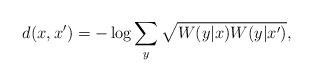
LaTeX: \begin{align*}d(x,x')=-\log \sum_y \sqrt{W(y|x)W(y|x')},\end{align*}